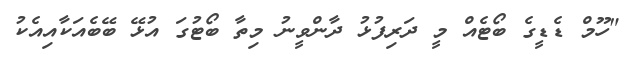
"ހޫމް ޑެޑީގެ ބޯޓެއް މީ ދަރިފުޅު ދާންވީނު މިތާ ބޯޓުގަ އުޅޭ ބޭބެއަކާއިއެކު